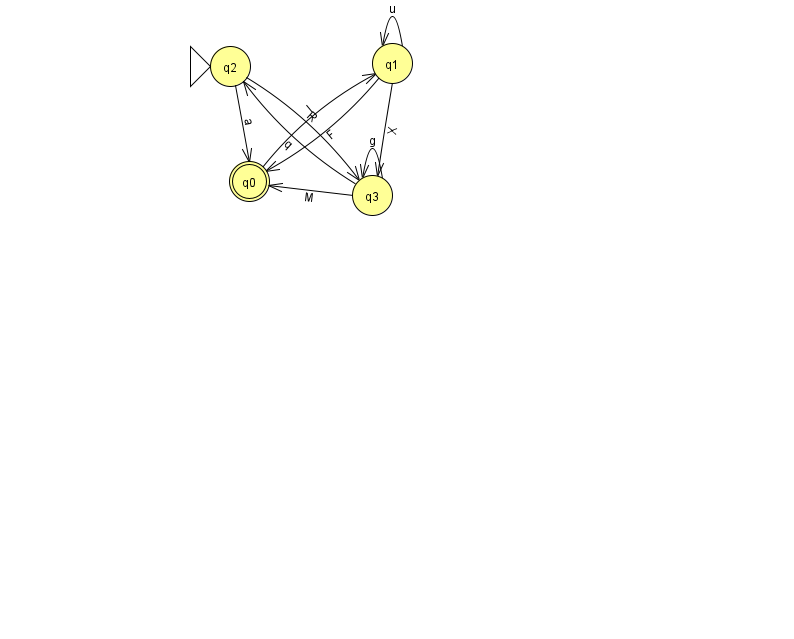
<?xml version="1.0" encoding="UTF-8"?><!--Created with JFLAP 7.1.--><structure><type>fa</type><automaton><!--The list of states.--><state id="0" name="q0"><x>249.0</x><y>168.0</y><final/></state><state id="1" name="q1"><x>392.0</x><y>50.0</y></state><state id="2" name="q2"><x>230.0</x><y>53.0</y><initial/></state><state id="3" name="q3"><x>372.0</x><y>182.0</y></state><!--The list of transitions.--><transition><from>3</from><to>2</to><read>q</read></transition><transition><from>2</from><to>3</to><read>R</read></transition><transition><from>3</from><to>0</to><read>M</read></transition><transition><from>0</from><to>1</to><read>I</read></transition><transition><from>1</from><to>1</to><read>u</read></transition><transition><from>3</from><to>3</to><read>g</read></transition><transition><from>1</from><to>0</to><read>F</read></transition><transition><from>1</from><to>3</to><read>X</read></transition><transition><from>2</from><to>0</to><read>a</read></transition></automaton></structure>